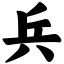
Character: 兵